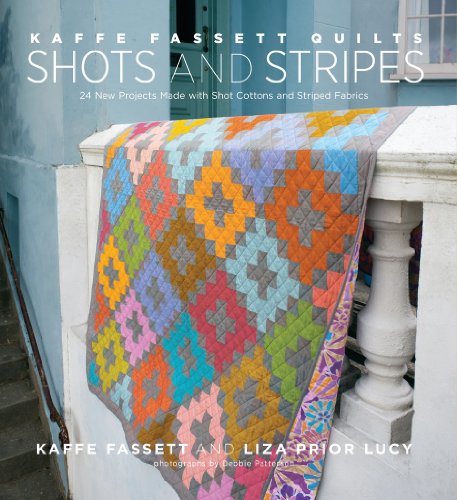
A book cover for Kaffe Fassett Quilts: Shots & Stripes: 24 New Projects Made with Shot Cottons and Striped Fabrics; Kaffe Fassett; Arts & Photography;